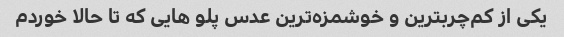
یکی از کم‌چربترین و خوشمزه‌ترین عدس پلو هایی که تا حالا خوردم